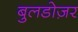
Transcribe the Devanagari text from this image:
बुलडोज़र